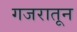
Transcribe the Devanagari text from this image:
गजरातून